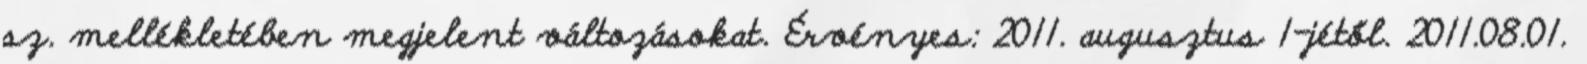
sz. mellékletében megjelent változásokat. Érvényes: 2011. augusztus 1-jétől. 2011.08.01.